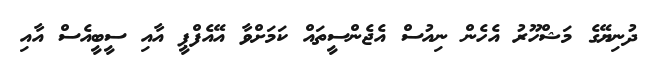
ދުނިޔޭގެ މަޝްހޫރު އެހެން ނިއުސް އެޖެންސީތައް ކަމަށްވާ އޭއެފްޕީ އާއި ސީބީއެސް އާއި